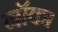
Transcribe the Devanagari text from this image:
नॉका